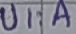
Text: UI:A